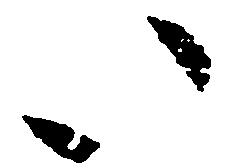
い